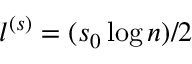
l ^ { ( s ) } = ( s _ { 0 } \log n ) / 2